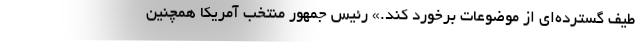
طیف گسترده‌ای از موضوعات برخورد کند.» رئیس جمهور منتخب آمریکا همچنین